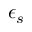
\epsilon _ { s }